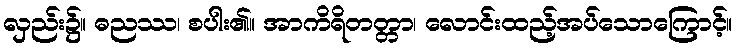
လှည်း၌။ ဓညဿ၊ စပါး၏။ အာကိရိတတ္တာ၊ လောင်းထည့်အပ်သောကြောင့်။